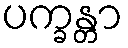
ပက္ခန္တာ